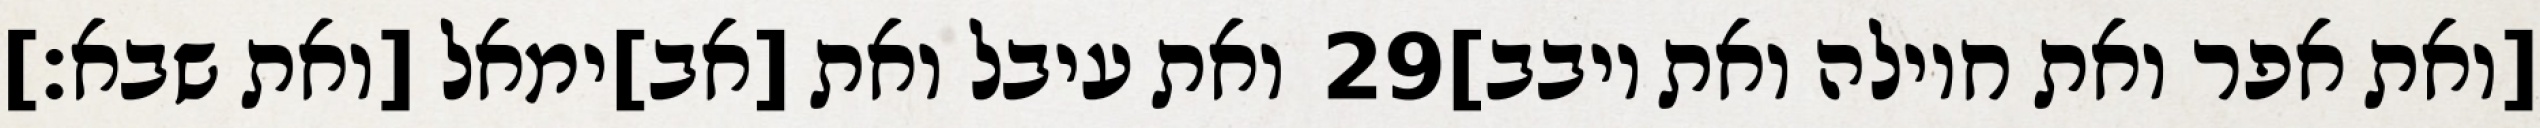
ואת עיבל ואת [אב]ימאל [ואת שבא׃] ‎29‏ [ואת אפר ואת חוילה ואת יובב]